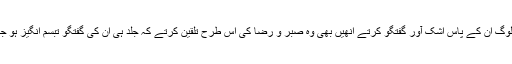
جو لوگ ان کے پاس اشک آور گفتگو کرتے انھیں بھی وہ صبر و رضا کی اس طرح تلقین کرتے کہ جلد ہی ان کی گفتگو تبسم انگیز ہو جاتی۔